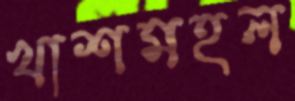
খাশমহল